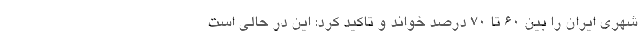
شهری ایران را بین ۶۰ تا ۷۰ درصد خواند و تاکید کرد: این در حالی است